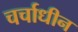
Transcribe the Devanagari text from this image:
चर्चाधीन